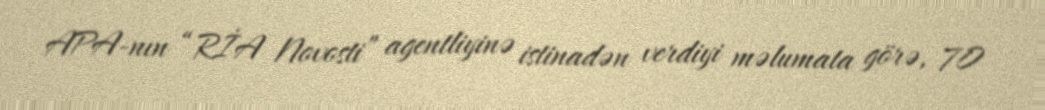
APA-nın “RİA Novosti” agentliyinə istinadən verdiyi məlumata görə, 70